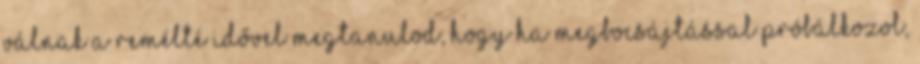
válnak a remélté Idővel megtanulod, hogy ha megbocsájtással próbálkozol,